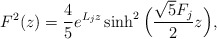
\begin{align*}F^2(z) = \frac{4}{5} e^{L_j z}\sinh^2 \Big ( \frac{\sqrt{5}F_j}{2} z\Big), \end{align*}